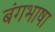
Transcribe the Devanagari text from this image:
बंगभाषा